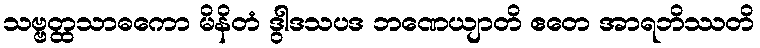
သဗ္ဗတ္ထသာဓကော မိနိတံ ဒွါဒသပဒ ဘဏေယျာတိ ဧတေ အာရဘိဿတိ